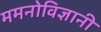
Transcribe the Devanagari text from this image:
ममनोविज्ञानी